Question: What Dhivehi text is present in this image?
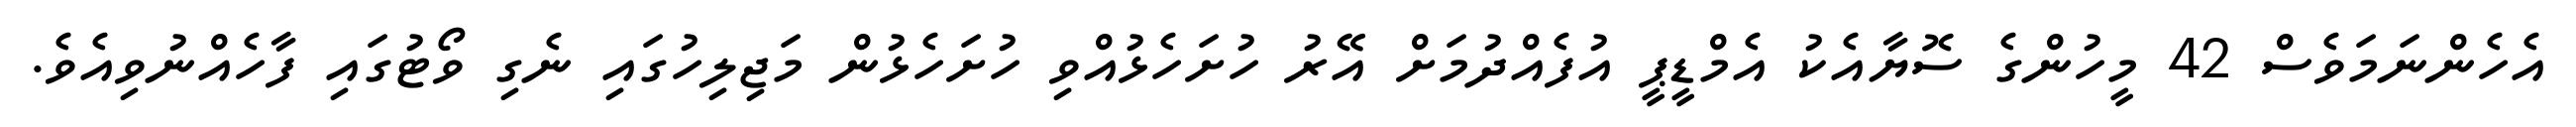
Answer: އެހެންނަމަވެސް 42 މީހުންގެ ސޮޔާއެކު އެމްޑީޕީ އުފެއްދުމަށް އޭރު ހުށަހެޅުއްވި ހުށަހެޅުން މަޖިލިހުގައި ނެގި ވޯޓުގައި ފާހެއްނުވިއެވެ.